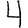
Digit: 4